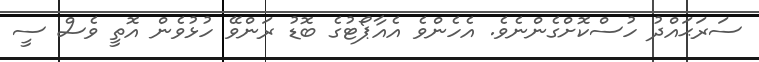
ސަރަޙައްދު ހުސްކޮށްގެންނެވެ. އެހެންވެ އެއާޕޯޓުގެ ބޮޑު ރަންވޭ ހުޅުވެން އޮތީ ވެސް ސީ